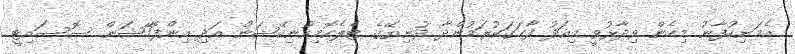
އެމަނިކުފާނު މިހެން ވިދާޅުވީ މިއަދު ފާހަގަކުރަމުންދާ ދުނިޔޭގެ ޓެލެކޮމިއުނިކޭޝަން އަދި އިންފޮމޭޝަން ސޮސައިޓީ